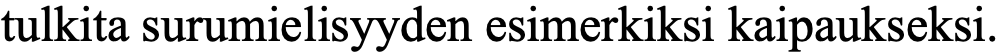
tulkita surumielisyyden esimerkiksi kaipaukseksi.